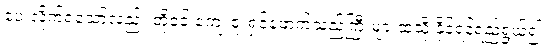
ပေးလိုက်ရသော်လည်း တို့ဝင် ကျေးဇူးရှင်ဖောက်သည်ကြီးများထံသို့ နိုင်ရန်ရည်ရွယ်၍